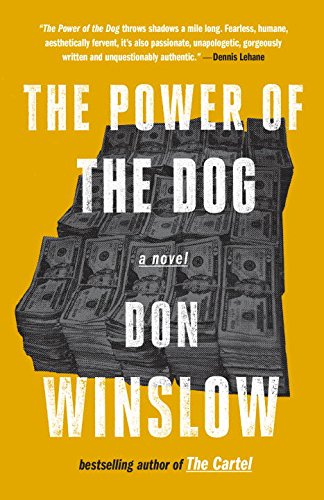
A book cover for The Power of the Dog; Don Winslow; Literature & Fiction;